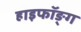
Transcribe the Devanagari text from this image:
हाइफॉङ्ग